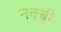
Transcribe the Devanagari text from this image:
नक्बी